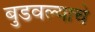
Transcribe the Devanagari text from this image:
बुडवल्याचे